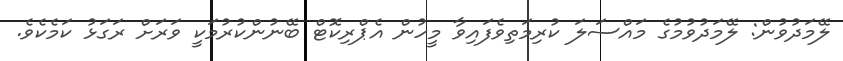
ލޭމަދުވުން: ލޭމަދުވުމުގެ މައްސަލަ ކުރިމަތިވެފައިވާ މީހުން އެޕްރިކޮޓް ބޭނުންކުރުމަކީ ވަރަށް ރަގަޅު ކަމެކެވެ.